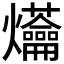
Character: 𤓝